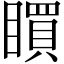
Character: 䁲